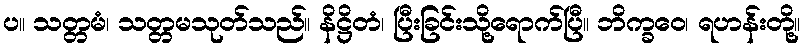
ပ။ သတ္တမံ၊ သတ္တမသုတ်သည်။ နိဋ္ဌိတံ၊ ပြီးခြင်းသို့ရောက်ပြီ။ ဘိက္ခဝေ၊ ရဟန်းတို့။